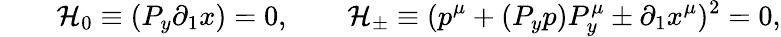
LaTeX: \qquad\mathcal{H}_{0}\equiv(P_{y}\partial_{1}x)=0,\qquad\mathcal{H}_{\pm}\equiv(p^{\mu}+(P_{y}p)P_{y}^{\mu}\pm\partial_{1}x^{\mu})^{2}=0,